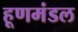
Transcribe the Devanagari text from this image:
हूणमंडल